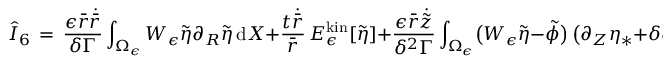
\hat { I } _ { 6 } \, = \, \frac { \epsilon \bar { r } \dot { \bar { r } } } { \delta \Gamma } \int _ { \Omega _ { \epsilon } } W _ { \epsilon } \tilde { \eta } \partial _ { R } \tilde { \eta } \, \mathrm { d } X + \frac { t \dot { \bar { r } } } { \bar { r } } \, E _ { \epsilon } ^ { \mathrm { k i n } } [ \tilde { \eta } ] + \frac { \epsilon \bar { r } \dot { \tilde { z } } } { \delta ^ { 2 } \Gamma } \int _ { \Omega _ { \epsilon } } \bigl ( W _ { \epsilon } \tilde { \eta } - \tilde { \phi } \bigr ) \, \bigl ( \partial _ { Z } \eta _ { * } + \delta \partial _ { Z } \tilde { \eta } \bigr ) \, \mathrm { d } X \, ,